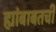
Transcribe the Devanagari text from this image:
ह्यांबाबतची